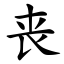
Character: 丧